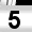
Digit: 5